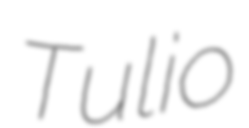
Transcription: Tulio